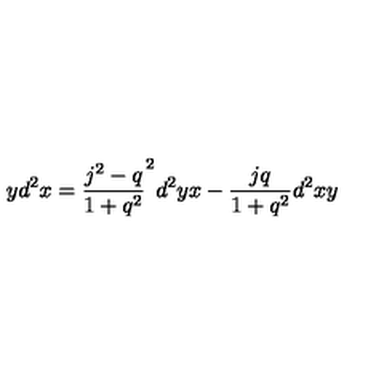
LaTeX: y d ^ { 2 } x = \frac { j ^ { 2 } - q } { 1 + q ^ { 2 } } ^ { 2 } d ^ { 2 } y x - \frac { j q } { 1 + q ^ { 2 } } d ^ { 2 } x y